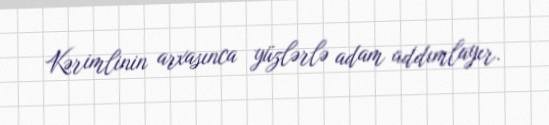
Kərimlinin arxasınca yüzlərlə adam addımlayır.